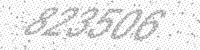
Solution: 823506